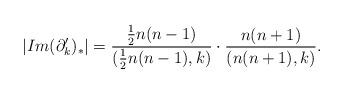
LaTeX: \begin{align*}|Im(\partial'_k)_*|=\frac{\frac{1}{2}n(n-1)}{(\frac{1}{2}n(n-1), k)}\cdot\frac{n(n+1)}{(n(n+1),k)}.\end{align*}